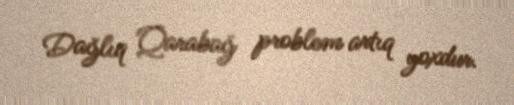
Dağlıq Qarabağ problem artıq yoxdur.